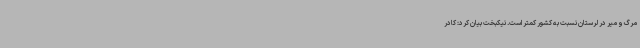
مرگ و میر در لرستان نسبت به کشور کمتر است. نیکبخت بیان کرد: کادر